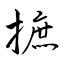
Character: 摭